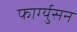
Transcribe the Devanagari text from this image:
फार्ग्युसन